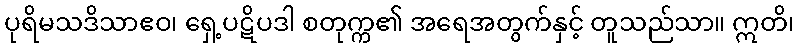
ပုရိမသဒိသာဧဝ၊ ရှေ့ပဋိပဒါ စတုက္က၏ အရေအတွက်နှင့် တူသည်သာ။ ဣတိ၊